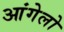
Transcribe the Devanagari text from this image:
आंगेलो